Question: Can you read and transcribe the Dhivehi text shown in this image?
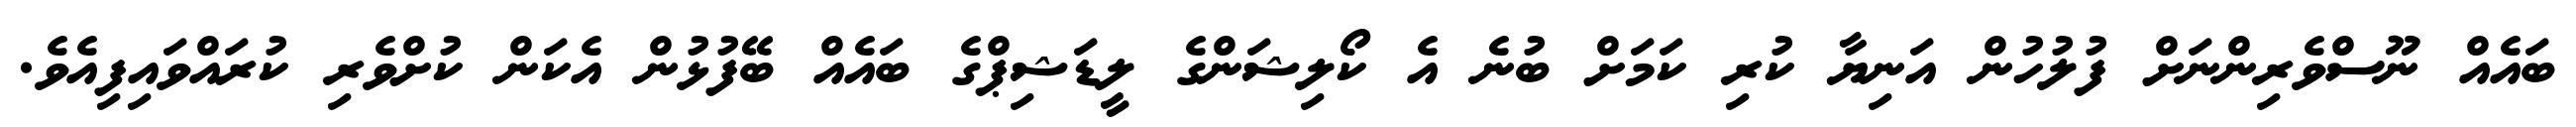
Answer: ބައެއް ނޫސްވެރިންނަށް ފުލުހުން އަނިޔާ ކުރި ކަމަށް ބުނެ އެ ކޯލިޝަންގެ ލީޑަޝިޕްގެ ބައެއް ބޭފުޅުން އެކަން ކުށްވެރި ކުރައްވައިފިއެވެ.